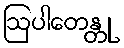
ဩပါတေန္တု